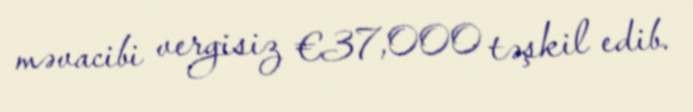
məvacibi vergisiz €37,000 təşkil edib.